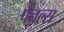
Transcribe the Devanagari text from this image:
पैनल्स